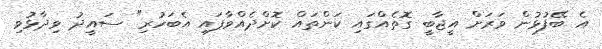
އެ ބޭފުޅުން ވަރަށް އީޖާބީ ގޮތެއްގައި ކަންތައް ކޮށްދެއްވާފައި އެބަހުރި" ސައީދު ވިދާޅުވި